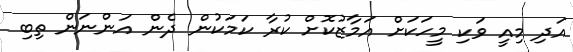
އަދި މިއީ ވަކި މީހަކަށް އަމާޒުކޮށް ކުރާ ކަމަކުން ދެން އަންނަން ތިބި